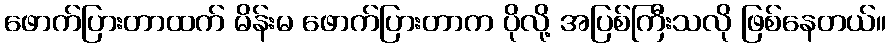
ဖောက်ပြားတာထက် မိန်းမ ဖောက်ပြားတာက ပိုလို့ အပြစ်ကြီးသလို ဖြစ်နေတယ်။